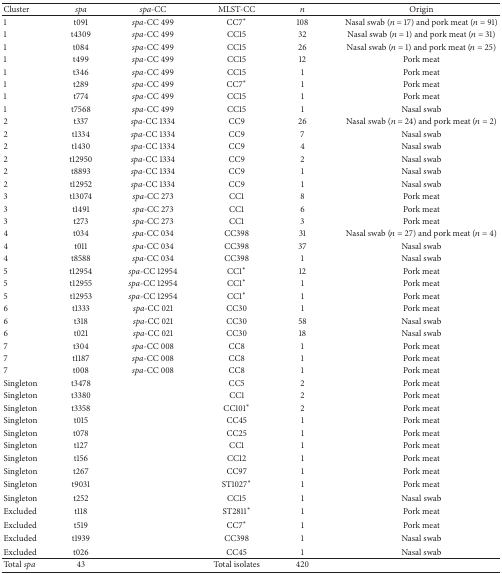
<table><thead><tr><td><b>Cluster</b></td><td><b><i>spa </i></b></td><td><b><i>spa</i>-CC</b></td><td><b>MLST-CC</b></td><td><b><i>n</i></b></td><td><b>Origin</b></td></tr></thead><tbody><tr><td>1</td><td>t091</td><td><i>spa</i>-CC 499</td><td>CC7<sup>*</sup></td><td>108</td><td>Nasal swab (<i>n</i> = 17) and pork meat (<i>n</i> = 91)</td></tr><tr><td>1</td><td>t4309</td><td><i>spa</i>-CC 499</td><td>CC15</td><td>32</td><td>Nasal swab (<i>n</i> = 1) and pork meat (<i>n</i> = 31)</td></tr><tr><td>1</td><td>t084</td><td><i>spa</i>-CC 499</td><td>CC15</td><td>26</td><td>Nasal swab (<i>n</i> = 1) and pork meat (<i>n</i> = 25)</td></tr><tr><td>1</td><td>t499</td><td><i>spa</i>-CC 499</td><td>CC15</td><td>12</td><td>Pork meat</td></tr><tr><td>1</td><td>t346</td><td><i>spa</i>-CC 499</td><td>CC15</td><td>1</td><td>Pork meat</td></tr><tr><td>1</td><td>t289</td><td><i>spa</i>-CC 499</td><td>CC7<sup>*</sup></td><td>1</td><td>Pork meat</td></tr><tr><td>1</td><td>t774</td><td><i>spa</i>-CC 499</td><td>CC15</td><td>1</td><td>Pork meat</td></tr><tr><td>1</td><td>t7568</td><td><i>spa</i>-CC 499</td><td>CC15</td><td>1</td><td>Nasal swab</td></tr><tr><td>2</td><td>t337</td><td><i>spa</i>-CC 1334</td><td>CC9</td><td>26</td><td>Nasal swab (<i>n</i> = 24) and pork meat (<i>n</i> = 2)</td></tr><tr><td>2</td><td>t1334</td><td><i>spa</i>-CC 1334</td><td>CC9</td><td>7</td><td>Nasal swab </td></tr><tr><td>2</td><td>t1430</td><td><i>spa</i>-CC 1334</td><td>CC9</td><td>4</td><td>Nasal swab </td></tr><tr><td>2</td><td>t12950</td><td><i>spa</i>-CC 1334</td><td>CC9</td><td>2</td><td>Nasal swab </td></tr><tr><td>2</td><td>t8893</td><td><i>spa</i>-CC 1334</td><td>CC9</td><td>1</td><td>Nasal swab </td></tr><tr><td>2</td><td>t12952</td><td><i>spa</i>-CC 1334</td><td>CC9</td><td>1</td><td>Nasal swab </td></tr><tr><td>3</td><td>t13074</td><td><i>spa</i>-CC 273</td><td>CC1</td><td>8</td><td>Pork meat</td></tr><tr><td>3</td><td>t1491</td><td><i>spa</i>-CC 273</td><td>CC1</td><td>6</td><td>Pork meat</td></tr><tr><td>3</td><td>t273</td><td><i>spa</i>-CC 273</td><td>CC1</td><td>3</td><td>Pork meat</td></tr><tr><td>4</td><td>t034</td><td><i>spa</i>-CC 034</td><td>CC398</td><td>31</td><td>Nasal swab (<i>n</i> = 27) and pork meat (<i>n</i> = 4)</td></tr><tr><td>4</td><td>t011</td><td><i>spa</i>-CC 034</td><td>CC398</td><td>37</td><td>Nasal swab</td></tr><tr><td>4</td><td>t8588</td><td><i>spa</i>-CC 034</td><td>CC398</td><td>1</td><td>Nasal swab</td></tr><tr><td>5</td><td>t12954</td><td><i>spa</i>-CC 12954</td><td>CC1<sup>*</sup></td><td>12</td><td>Pork meat</td></tr><tr><td>5</td><td>t12955</td><td><i>spa</i>-CC 12954</td><td>CC1<sup>*</sup></td><td>1</td><td>Pork meat</td></tr><tr><td>5</td><td>t12953</td><td><i>spa</i>-CC 12954</td><td>CC1<sup>*</sup></td><td>1</td><td>Pork meat</td></tr><tr><td>6</td><td>t1333</td><td><i>spa</i>-CC 021</td><td>CC30</td><td>1</td><td>Pork meat</td></tr><tr><td>6</td><td>t318</td><td><i>spa</i>-CC 021</td><td>CC30</td><td>58</td><td>Nasal swab</td></tr><tr><td>6</td><td>t021</td><td><i>spa</i>-CC 021</td><td>CC30</td><td>18</td><td>Nasal swab</td></tr><tr><td>7</td><td>t304</td><td><i>spa</i>-CC 008</td><td>CC8</td><td>1</td><td>Pork meat</td></tr><tr><td>7</td><td>t1187</td><td><i>spa</i>-CC 008</td><td>CC8</td><td>1</td><td>Pork meat</td></tr><tr><td>7</td><td>t008</td><td><i>spa</i>-CC 008</td><td>CC8</td><td>1</td><td>Pork meat</td></tr><tr><td>Singleton</td><td>t3478</td><td> </td><td>CC5</td><td>2</td><td>Pork meat</td></tr><tr><td>Singleton</td><td>t3380</td><td> </td><td>CC1</td><td>2</td><td>Pork meat</td></tr><tr><td>Singleton</td><td>t3358</td><td> </td><td>CC101<sup>*</sup></td><td>2</td><td>Pork meat</td></tr><tr><td>Singleton</td><td>t015</td><td> </td><td>CC45</td><td>1</td><td>Pork meat</td></tr><tr><td>Singleton</td><td>t078</td><td> </td><td>CC25</td><td>1</td><td>Pork meat</td></tr><tr><td>Singleton</td><td>t127</td><td> </td><td>CC1</td><td>1</td><td>Pork meat</td></tr><tr><td>Singleton</td><td>t156</td><td> </td><td>CC12</td><td>1</td><td>Pork meat</td></tr><tr><td>Singleton</td><td>t267</td><td> </td><td>CC97</td><td>1</td><td>Pork meat</td></tr><tr><td>Singleton</td><td>t9031</td><td> </td><td>ST1027<sup>*</sup></td><td>1</td><td>Pork meat</td></tr><tr><td>Singleton</td><td>t252</td><td> </td><td>CC15</td><td>1</td><td>Nasal swab</td></tr><tr><td>Excluded</td><td>t118</td><td> </td><td>ST2811<sup>*</sup></td><td>1</td><td>Pork meat</td></tr><tr><td>Excluded</td><td>t519</td><td> </td><td>CC7<sup>*</sup></td><td>1</td><td>Pork meat</td></tr><tr><td>Excluded</td><td>t1939</td><td> </td><td>CC398</td><td>1</td><td>Nasal swab</td></tr><tr><td>Excluded</td><td>t026 </td><td> </td><td>CC45</td><td>1</td><td>Nasal swab</td></tr><tr><td>Total <i>spa </i></td><td>43</td><td> </td><td>Total isolates</td><td>420</td><td> </td></tr></tbody></table>